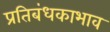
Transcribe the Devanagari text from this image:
प्रतिबंधकाभाव